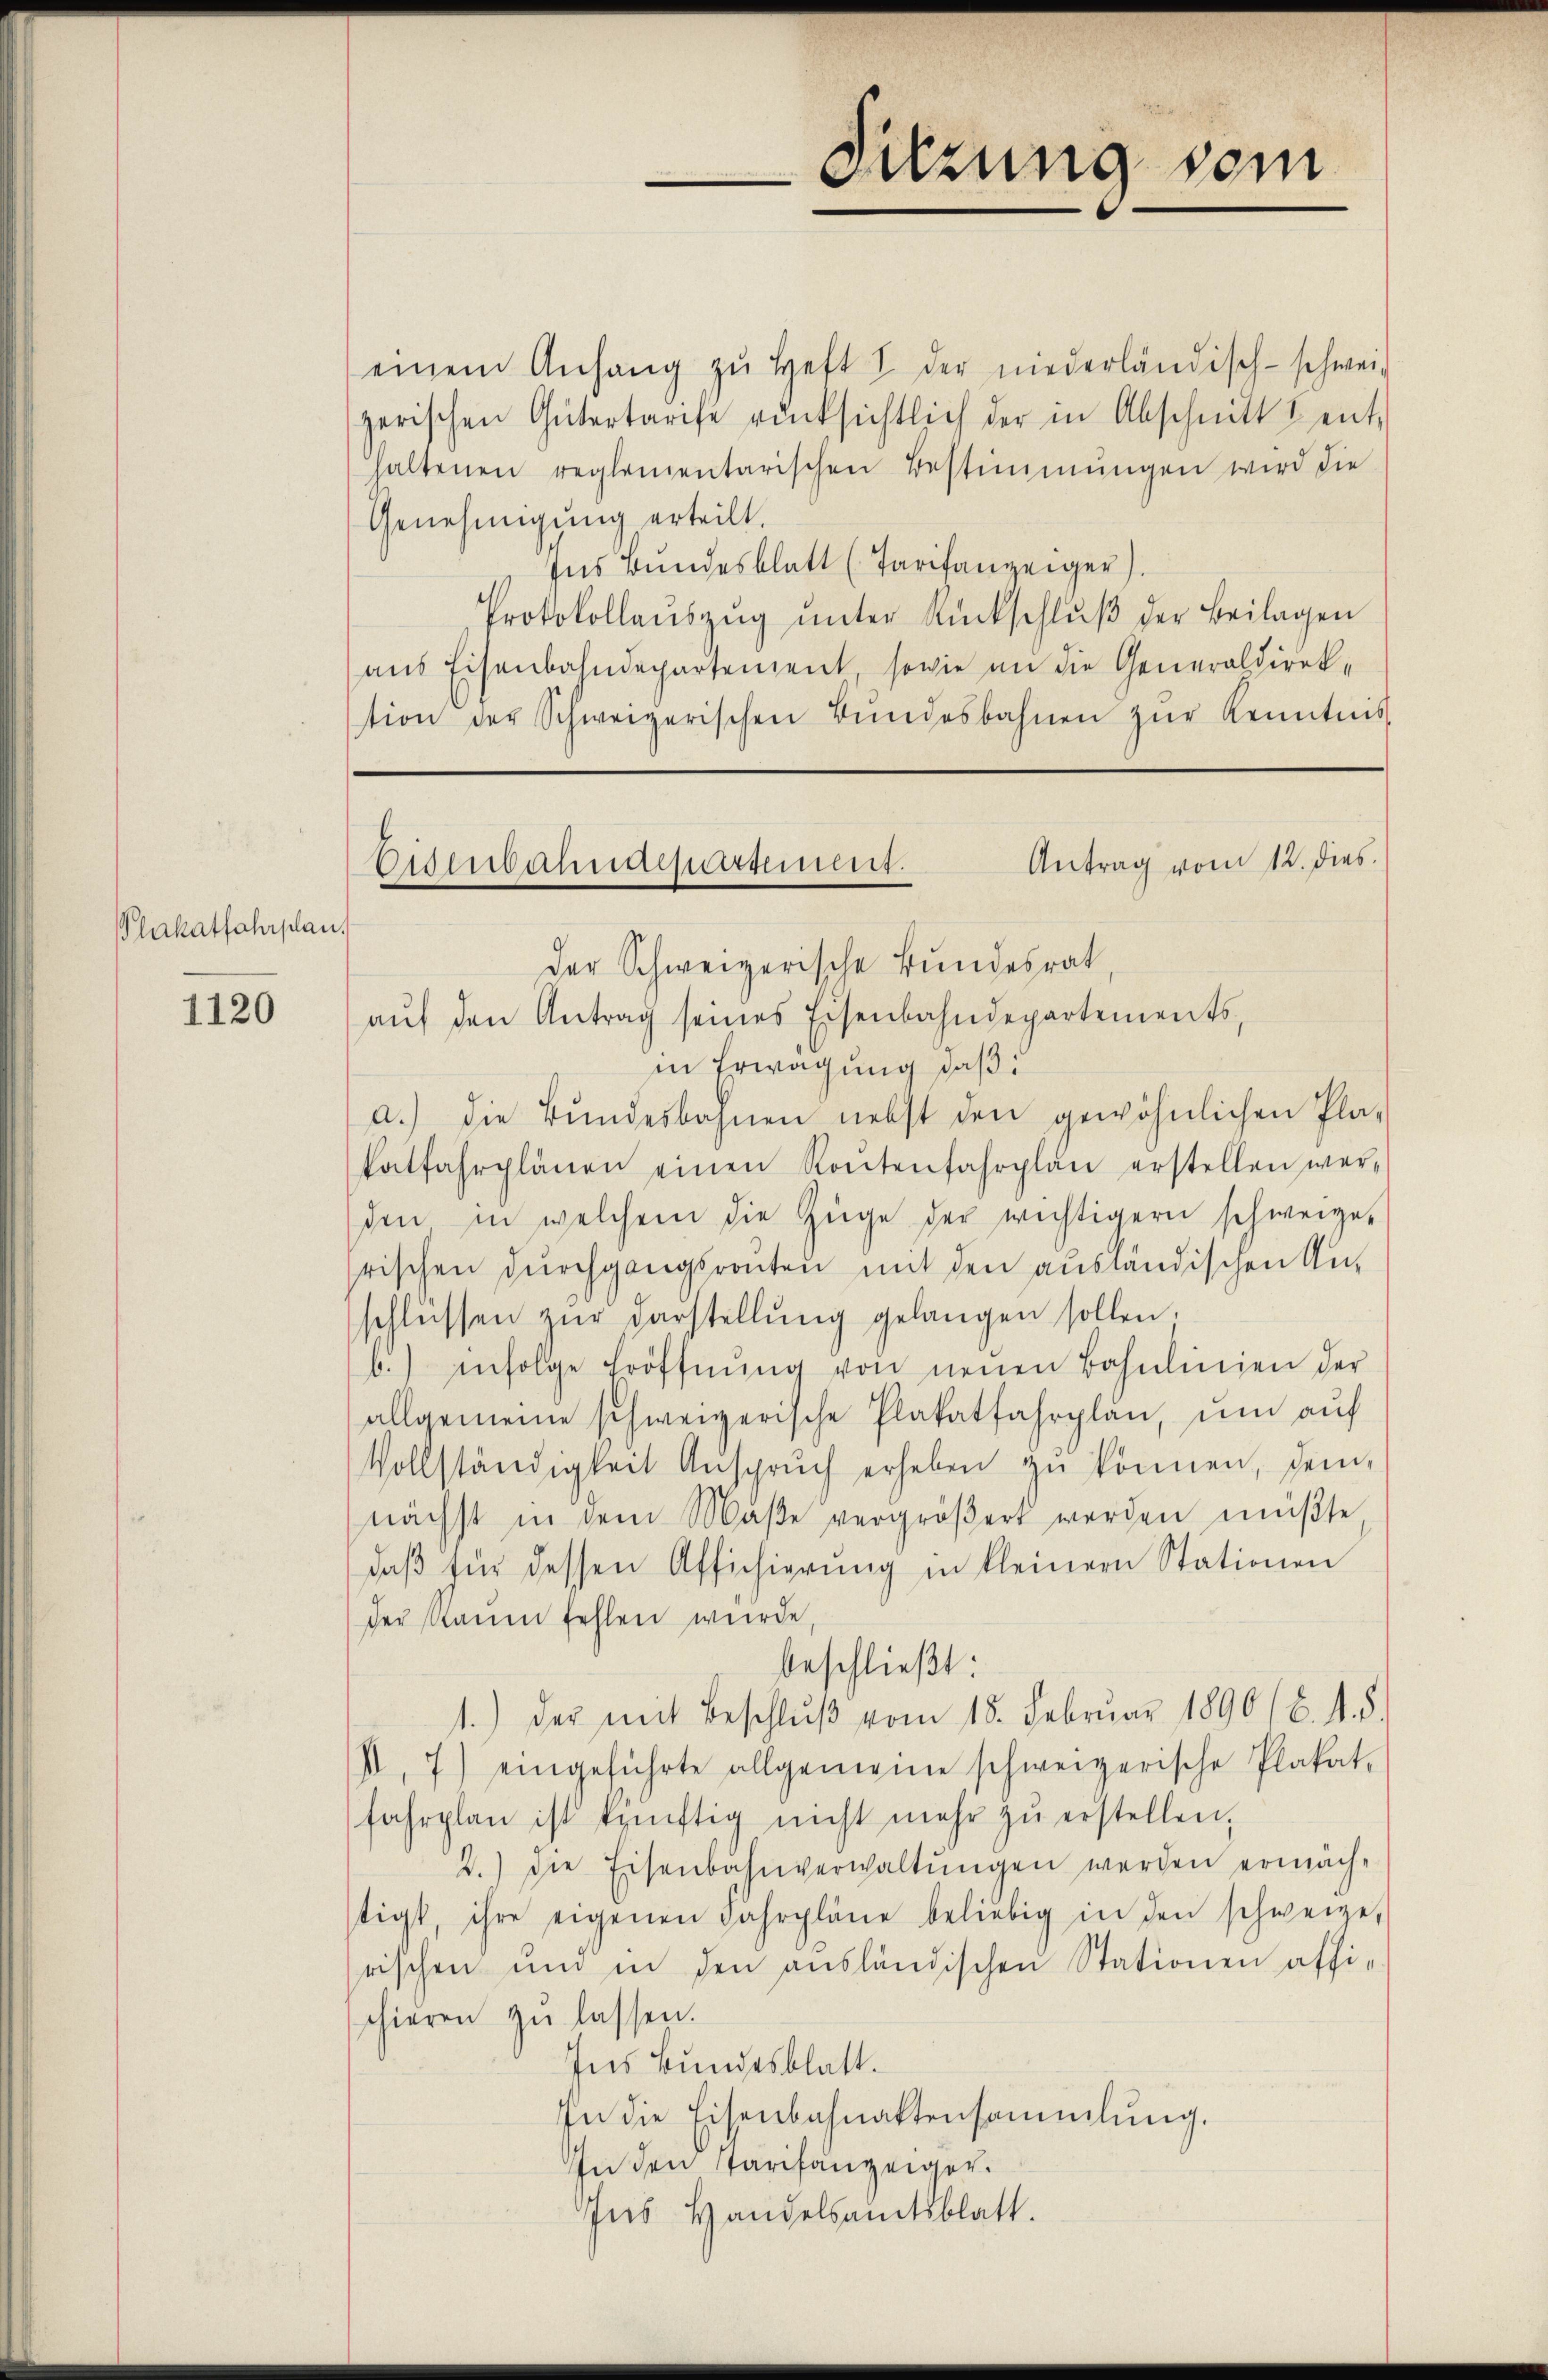
Plakatfahrplan.

1120

einem Anhang zŭ Heft I der niederländisch-schwei-
zerischen Gütertarife rücksichtlich der in Abschnitt & ent-
haltenen reglementarischen Bestimmungen wird die
Genehmigung erteilt.
Ins Bundesblatt (Tarifanzeiger)
Protokollaŭszŭg ŭnter Rückschlŭβ der Beilagen
aus Eisenbahndepartement, sowie an die Generaldirektion der Schweizerischen Bŭndesbahnen zŭr Kenntnis

Eisenbahndepartement.

Antrag vom 12. dies
Der Schweizerische Bundesrat,
aŭf den Antrag seines Eisenbahndepartements,
in Erwägung daß:
a.) die Bŭndesbahnen nebst den gewöhnlichen Pla-
Patfahrplänen einen Kontenfahrplan erstellen wer-
den in welchem die Züge der wichtigern schweize-
rischen durchgangsraten mit den ausländischen Anschlüssen zŭr Darstellŭng gelangen sollen,
b.) infolge Eröffnŭng von neŭen Bohnlinien der
allgemeine schweizerische Plakatfahrplan, um auf
Vollständigkeit Ansprŭch erheben zŭ können, dem
nächst in dem Maβe vergröβert werden müβte
daβ für dessen Afficierŭng in kleiner Stationen
der kaum fehlen wurde
beschließt:
1.) der mit Beschlŭβ vom 18. Febrŭar 1890 (8. d. d.
I, 7) eingeführte allgemeine schweizerische Plakat-
fahrplan ist künftig nicht mehr zŭ erstellen.
2.) Die Eisenbahnverwaltŭngen werden ermachtigt, ihre eigenen Fahrpläne beliebig in den schweize,
rischen und in den ausländischen Stationen affi-
schieren zŭ lassen.
Ins Bundesblatt.
In die Eisenbahnaktensammlung.
In den Tarifanzeiger.
Ins Handelsamtsblatt.

Sitzung sein